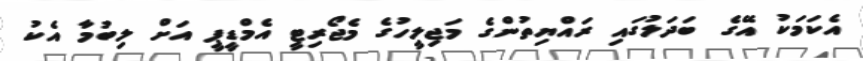
އެކަމަކު އޭގެ ބަދަލުގައި ރައްޔިތުންގެ މަޖިލީހުގެ މެޖޯރިޓީ އެމްޑީޕީ އަށް ލިބުމާ އެކު